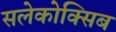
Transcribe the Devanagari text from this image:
सलेकोक्सिब